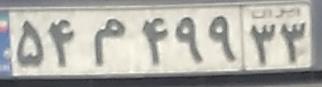
۵۴م۴۹۹۳۳